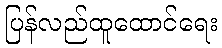
ပြန်လည်ထူထောင်ရေး